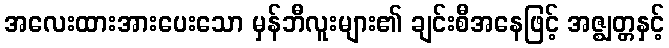
အလေးထားအားပေးသော မှန်ဘီလူးများ၏ ချင်းစီအနေဖြင့် အဇ္ဈတ္တနှင့်